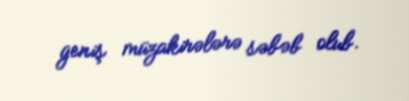
geniş müzakirələrə səbəb olub.